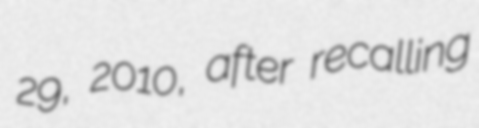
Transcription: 29, 2010, after recalling